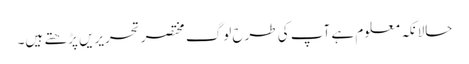
حالانکہ معلوم ہے آپ کی طرح لوگ مختصر تحریریں پڑھتے ہیں۔